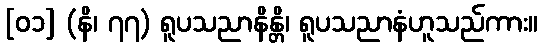
[၀၁] (နိ၊ ၇၇) ရူပသညာနိန္တိ၊ ရူပသညာနံဟူသည်ကား။